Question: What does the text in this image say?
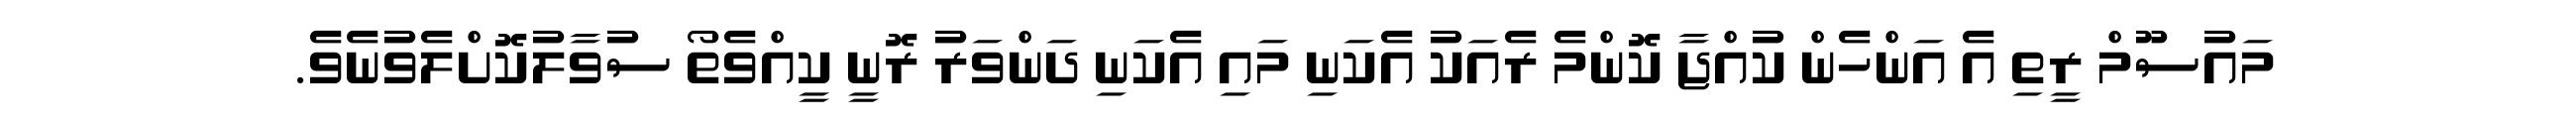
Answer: މައުސޫމް ރީތި އެ އަންހެން ކުއްޖާ ކޮންމެ ރެއަކު އެކަނި މައި އެކަނި ދަންވަރު ރޮނީ ކީއްވެތޯ ސުވާލުކޮށްލެވުނެވެ.